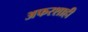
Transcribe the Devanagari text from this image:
अफरशाही